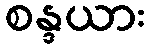
စန္ဒယား